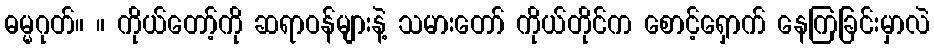
ဓမ္မဂုတ်။ ။ ကိုယ်တော့်ကို ဆရာဝန်များနဲ့ သမားတော် ကိုယ်တိုင်က စောင့်ရှောက် နေကြခြင်းမှာလဲ